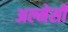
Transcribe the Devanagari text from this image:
अल्मेसी